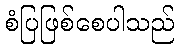
စံပြဖြစ်စေပါသည်